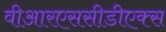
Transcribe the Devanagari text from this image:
वीआरएससीडीएक्स